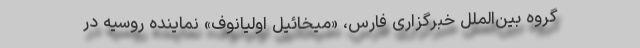
گروه بین‌الملل خبرگزاری فارس، «میخائیل اولیانوف» نماینده روسیه در